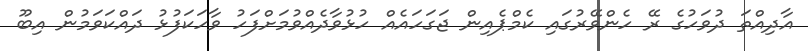
އާދިއްތަ ދުވަހުގެ ރޭ ހެންވޭރުގައި ކެމްޕެއިން ޖަގަހައެއް ހުޅުވާދެއްވުމަށްފަހު ވާހަކަފުޅު ދައްކަވަމުން އިބޫ